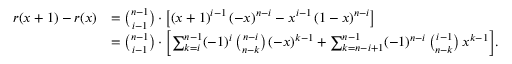
\begin{array} { r l } { r ( x + 1 ) - r ( x ) } & { = \binom { n - 1 } { i - 1 } \cdot \bigl [ ( x + 1 ) ^ { i - 1 } \, ( - x ) ^ { n - i } - x ^ { i - 1 } \, ( 1 - x ) ^ { n - i } \bigr ] } \\ & { = \binom { n - 1 } { i - 1 } \cdot \biggl [ \sum _ { k = i } ^ { n - 1 } ( - 1 ) ^ { i } \, \binom { n - i } { n - k } \, ( - x ) ^ { k - 1 } + \sum _ { k = n - i + 1 } ^ { n - 1 } ( - 1 ) ^ { n - i } \, \binom { i - 1 } { n - k } \, x ^ { k - 1 } \biggr ] . } \end{array}